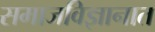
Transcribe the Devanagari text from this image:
समाजविज्ञानात